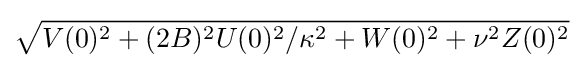
{\sqrt {V(0)^{2}+(2B)^{2}U(0)^{2}/\kappa ^{2}+W(0)^{2}+\nu ^{2}Z(0)^{2}}}